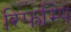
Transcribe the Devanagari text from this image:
रिफम्पिं